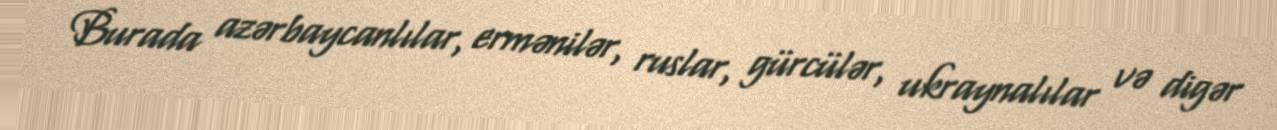
Burada azərbaycanlılar, ermənilər, ruslar, gürcülər, ukraynalılar və digər